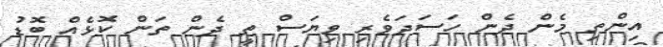
އިންތި މެން ދެން ހަސަދަވެރި ވިޔަސް ތީ ދެން ތަން ކޮޅެއް ބޮޑު